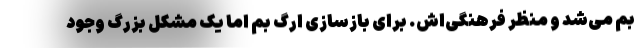
بم می‌شد و منظر فرهنگی‌اش. برای بازسازی ارگ بم اما یک مشکل بزرگ وجود